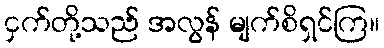
ငှက်တို့သည် အလွန် မျက်စိရှင်ကြ။